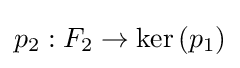
p_{2}:F_{2}\to \ker \left(p_{1}\right)